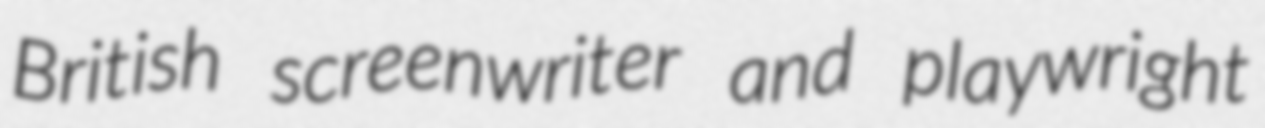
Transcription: British screenwriter and playwright